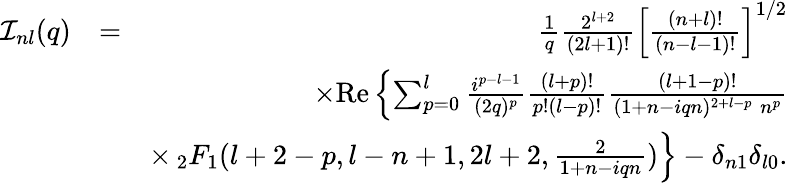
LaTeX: \begin{array}{rlr}{{\cal I}_{nl}(q)}&{=}&{\frac{1}{q}\frac{2^{l+2}}{(2l+1)!}\left[\frac{(n+l)!}{(n-l-1)!}\right]^{1/2}}\\ &{}&{\times\mathrm{Re}\left\{ \sum_{p=0}^{l}\frac{i^{p-l-1}}{(2q)^{p}}\frac{(l+p)!}{p!(l-p)!}\frac{(l+1-p)!}{(1+n-iqn)^{2+l-p}\; n^{p}}\right.}\\ &{}&{\times\left._2F_{1}(l+2-p,l-n+1,2l+2,\frac{2}{1+n-iqn})\right\} -\delta_{n1}\delta_{l0}.}\end{array}